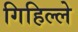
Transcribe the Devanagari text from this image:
गिहिल्ले